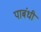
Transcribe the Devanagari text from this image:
पाबंधी